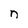
Character: n